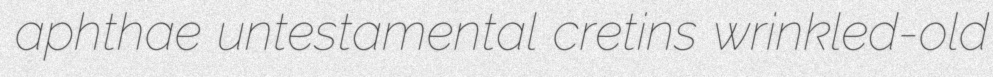
aphthae untestamental cretins wrinkled-old